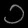
Digit: ၁